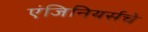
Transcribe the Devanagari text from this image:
एंजिनियर्सचे